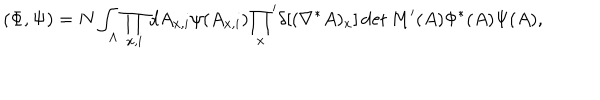
( \Phi , \Psi ) = N \int _ { \Lambda } \prod _ { x , i } d A _ { x , i } \psi ( A _ { x , i } ) { \prod _ { x } } ^ { \prime } \delta [ ( \nabla ^ { * } A ) _ { x } ] \det M ^ { \prime } ( A ) \Phi ^ { * } ( A ) \Psi ( A ) ,